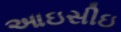
આઇસીઇ